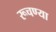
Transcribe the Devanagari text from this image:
रूचण्या